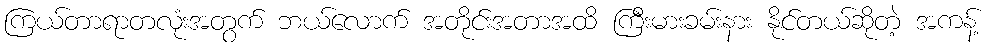
ကြယ်တာရာတလုံးအတွက် ဘယ်လောက် အတိုင်းအတာအထိ ကြီးမားခမ်းနား နိုင်တယ်ဆိုတဲ့ အကန့်